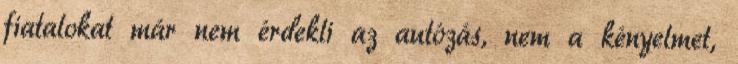
fiatalokat már nem érdekli az autózás, nem a kényelmet,